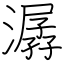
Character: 潺